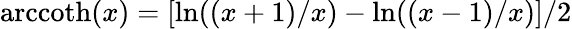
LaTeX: \mathrm{arccoth}(x)=[\ln((x+1)/x)-\ln((x-1)/x)]/2